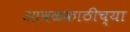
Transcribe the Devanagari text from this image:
आवळकाठीच्या